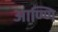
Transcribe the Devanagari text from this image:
आण्णि